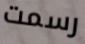
رسمت